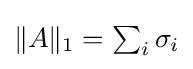
{\textstyle \|A\|_{1}=\sum _{i}\sigma _{i}}